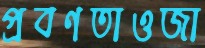
প্রবণতাওজা